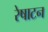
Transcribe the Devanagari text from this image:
रेषाटन